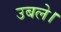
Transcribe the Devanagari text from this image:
उबले।